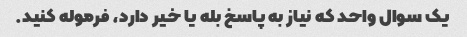
یک سوال واحد که نیاز به پاسخ بله یا خیر دارد، فرموله کنید.